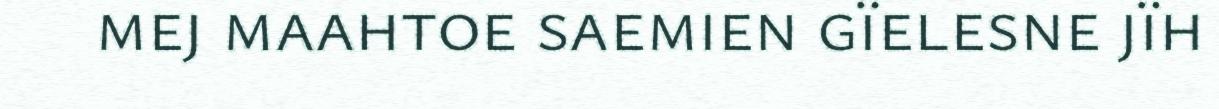
mej maahtoe saemien gïelesne jïh